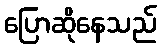
ပြောဆိုနေသည်